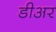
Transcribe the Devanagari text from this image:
डीअर